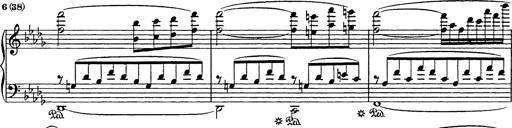
Title: Consolations
Composer: Franz Liszt